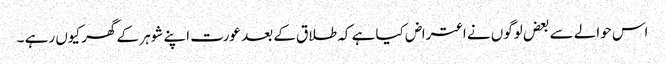
اس حوالے سے بعض لوگوں نے اعتراض کیا ہے کہ طلاق کے بعد عورت اپنے شوہر کے گھر کیوں رہے ۔